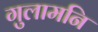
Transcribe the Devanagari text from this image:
गुलामनि